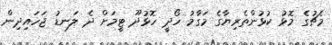
މެޗުގެ މޮޅު ކުޅުންތެރިޔާގެ މަގާމު ހޯދީ ހޮޅުދޫ ޓީމަށް ދެ ލަނޑު ޖަހައިދިން